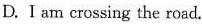
D.I am crossing the road.